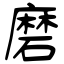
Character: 磨